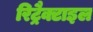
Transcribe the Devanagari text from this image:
रिट्रैक्टाइल